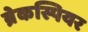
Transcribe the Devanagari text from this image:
ब्रेकस्पियर